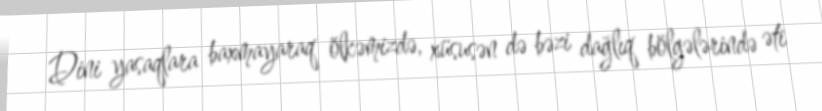
Dini yasaqlara baxmayaraq ölkəmizdə, xüsusən də bəzi dağlıq bölgələrində əti